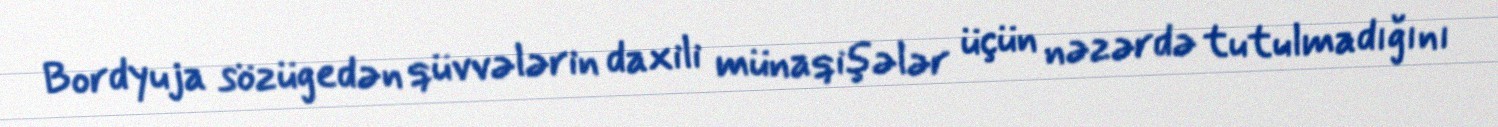
Bordyuja sözügedən qüvvələrin daxili münaqişələr üçün nəzərdə tutulmadığını